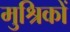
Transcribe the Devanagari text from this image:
मुश्रिकों